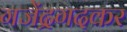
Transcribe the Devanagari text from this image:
गजेंद्रगदकर